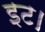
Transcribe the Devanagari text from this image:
इट।